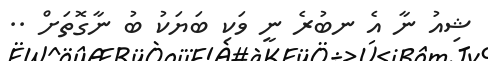
ޝިއު ނާ އެ ނބުރެ ނީ ވަކި ބަޔަކު ބު ނާގޮތަށް ..